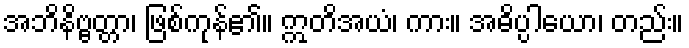
အဘိနိဗ္ဗတ္တာ၊ ဖြစ်ကုန်၏။ ဣတိအယံ၊ ကား။ အဓိပ္ပါယော၊ တည်း။